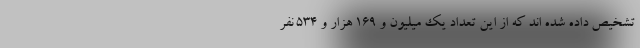
تشخیص داده شده اند که از این تعداد یک میلیون و ۱۶۹ هزار و ۵۳۴ نفر